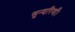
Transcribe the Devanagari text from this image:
सुन्दरियाँ।